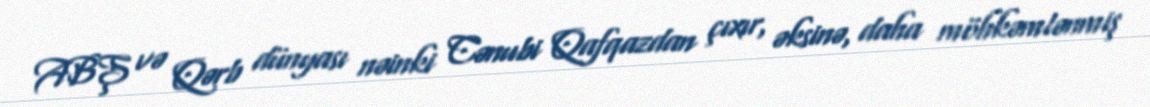
ABŞ və Qərb dünyası nəinki Cənubi Qafqazdan çıxır, əksinə, daha möhkəmlənmiş